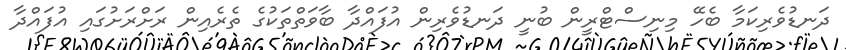
ދަނޑުވެރިކަމާ ބެހޭ މިނިސްޓްރީން ބުނީ ދަނޑުވެރިން އުފައްދާ ބާވަތްތަކުގެ ތެރެއިން ރަށްރަށުގައި އުފައްދާ